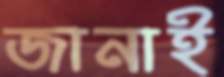
জানাই